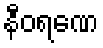
နီဝရဏေ